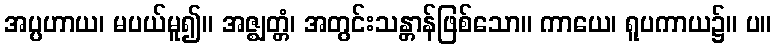
အပ္ပဟာယ၊ မပယ်မူ၍။ အဇ္ဈတ္တံ၊ အတွင်းသန္တာန်ဖြစ်သော။ ကာယေ၊ ရူပကာယ၌။ ပ။